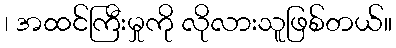
၊ အထင်ကြီးမှုကို လိုလားသူဖြစ်တယ်။